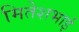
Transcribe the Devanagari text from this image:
मितेशभाई